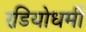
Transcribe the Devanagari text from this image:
रडियोधर्मी